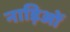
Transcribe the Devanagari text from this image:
नाड़िओं